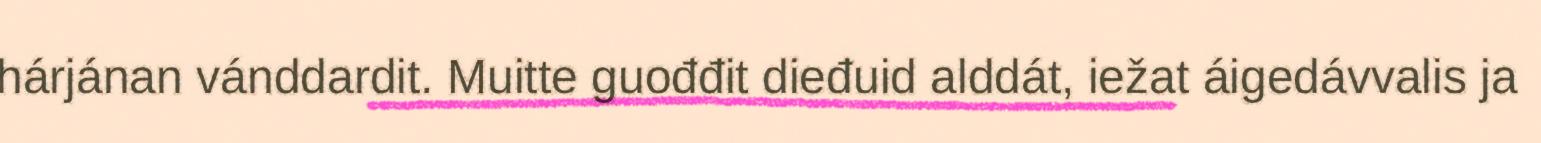
hárjánan vánddardit. Muitte guođđit dieđuid alddát, iežat áigedávvalis ja